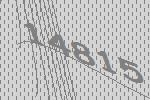
14815